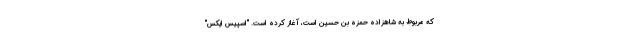
که مربوط به شاهزاده حمزه بن حسین است، آغاز کرده است. "اسپیس ایکس"